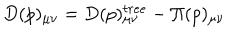
D ( p ) _ { \mu \nu } = D ( p ) _ { \mu \nu } ^ { t r e e } - \Pi ( p ) _ { \mu \nu }